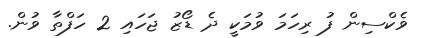
ވެކްސިން ފު ރިހަމަ ވުމަކީ ދެ ޑޯޒު ޖަހައި 2 ހަފްތާ ވުން.